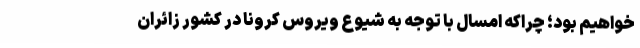
خواهیم بود؛ چراکه امسال با توجه به شیوع ویروس کرونا در کشور زائران